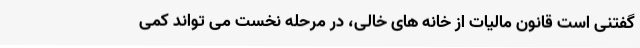
گفتنی است قانون مالیات از خانه های خالی، در مرحله نخست می تواند کمی